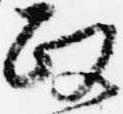
政